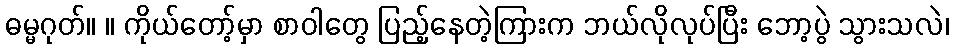
ဓမ္မဂုတ်။ ။ ကိုယ်တော့်မှာ စာဝါတွေ ပြည့်နေတဲ့ကြားက ဘယ်လိုလုပ်ပြီး ဘော့ပွဲ သွားသလဲ၊